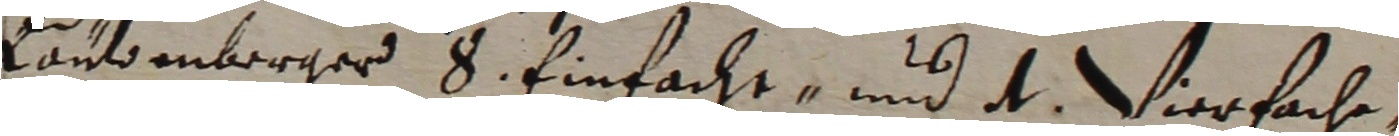
Laubenborger s einfacht und d vierfache,